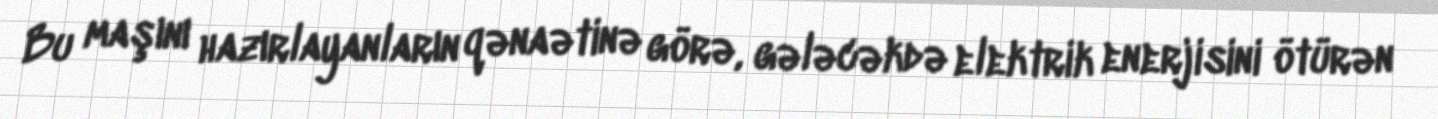
Bu maşını hazırlayanların qənaətinə görə, gələcəkdə elektrik enerjisini ötürən